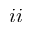
i i